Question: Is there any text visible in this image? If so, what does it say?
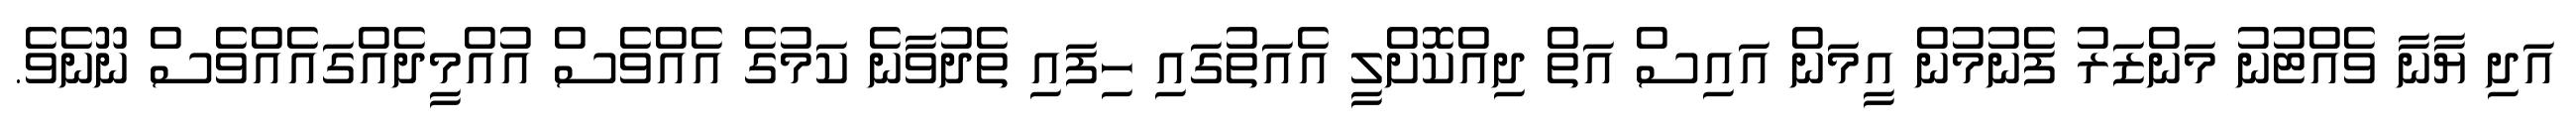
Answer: އަދި ޔާނާ ވެއްޓުނު މަންޒަރު ފެނުމުން އީމަން އައިސް އަތް ދިއްކޮށްލީ އެއަތުގައި ހިފައި ތެދުވާނެ ކަމުގެ އެއްވެސް އުއްމީދެއްގައެއްވެސް ނޫނެވެ.